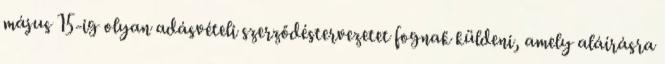
május 15-ig olyan adásvételi szerződéstervezetet fognak küldeni, amely aláírásra